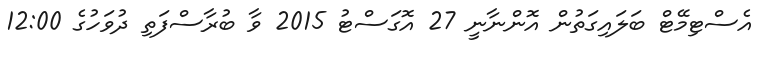
އެސްޓިމޭޓް ބަލައިގަތުން އޮންނާނީ 27 އޮގަސްޓު 2015 ވާ ބުރާސްފަތި ދުވަހުގެ 12:00